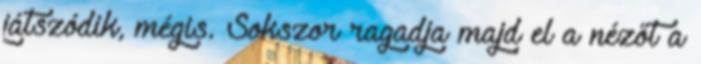
játszódik, mégis. Sokszor ragadja majd el a nézőt a